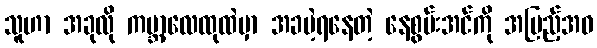
သူဟာ အခုလို ကမ္ဘာ့လေထုထဲမှာ အခမဲ့ရနေတဲ့ နေစွမ်းအင်ကို အပြည့်အဝ